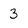
Character: 3